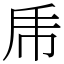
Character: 乕